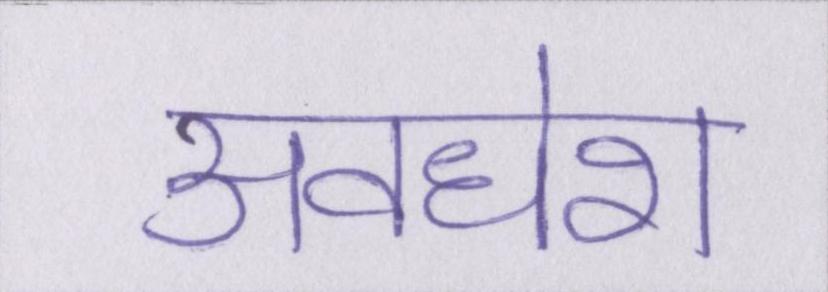
अवधेश